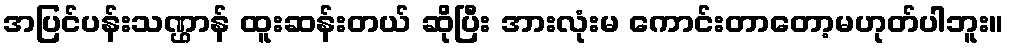
အပြင်ပန်းသဏ္ဌာန် ထူးဆန်းတယ် ဆိုပြီး အားလုံးမ ကောင်းတာတော့မဟုတ်ပါဘူး။